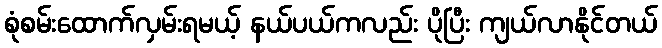
စုံစမ်းထောက်လှမ်းရမယ့် နယ်ပယ်ကလည်း ပိုပြီး ကျယ်လာနိုင်တယ်